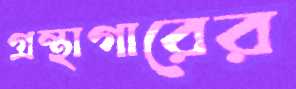
গ্রন্থাগারের